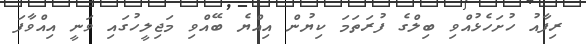
ރިފާއު ހުށަހެޅުއްވި ބިލްގެ ފުރަތަމަ ކިޔުން އިއްޔެ ބޭއްވި މަޖިލީހުގައި ވަނީ އިއްވާފަ